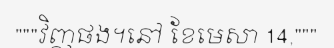
"""វិញផង។នៅ ខែមេសា 14,"""